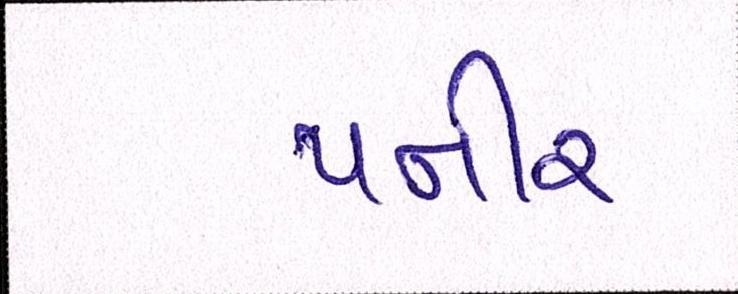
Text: પ્નીર